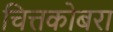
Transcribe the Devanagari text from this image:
चित्तकोबरा